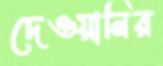
দেওয়ানির